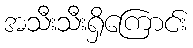
အသီးသီးရှိကြောင်း